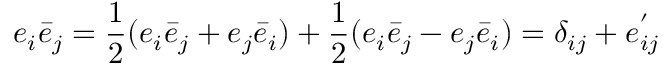
e _ { i } \bar { e } _ { j } = \frac { 1 } { 2 } ( e _ { i } \bar { e } _ { j } + e _ { j } \bar { e } _ { i } ) + \frac { 1 } { 2 } ( e _ { i } \bar { e } _ { j } - e _ { j } \bar { e } _ { i } ) = \delta _ { i j } + e _ { i j } ^ { ' }